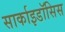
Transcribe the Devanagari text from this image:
सार्काइडॉसिस